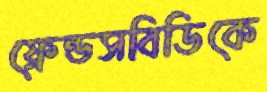
ফ্রেন্ডসবিডিকে